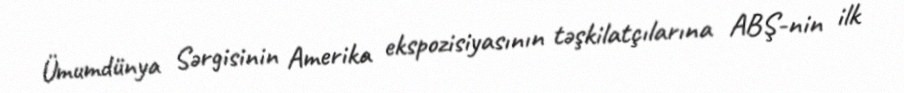
Ümumdünya Sərgisinin Amerika ekspozisiyasının təşkilatçılarına ABŞ-nin ilk